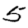
Digit: 5